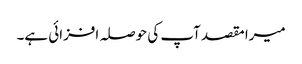
میرا مقصد آپ کی حوصلہ افزائی ہے۔